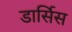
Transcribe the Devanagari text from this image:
डार्सिस